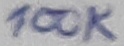
Text: 100K